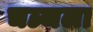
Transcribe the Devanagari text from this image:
चञ्चला